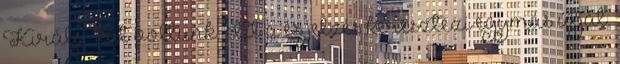
Király-kút voltunk. Itt a és jelzés keresztezi egymás útját.